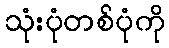
သုံးပုံတစ်ပုံကို